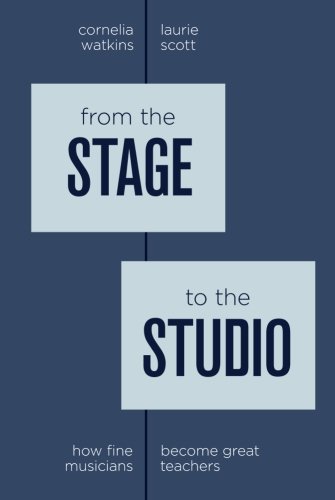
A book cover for From the Stage to the Studio: How Fine Musicians Become Great Teachers; Cornelia Watkins; Arts & Photography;